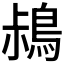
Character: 𪀖